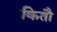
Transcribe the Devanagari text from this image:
कितौ